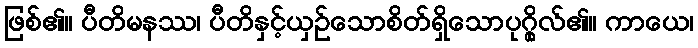
ဖြစ်၏။ ပီတိမနဿ၊ ပီတိနှင့်ယှဉ်သောစိတ်ရှိသောပုဂ္ဂိုလ်၏။ ကာယေ၊